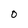
Character: 0